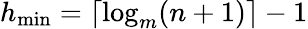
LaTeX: h_{\mathrm{min}}=\lceil\log_{m}(n+1)\rceil-1